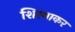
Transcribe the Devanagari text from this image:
शिरमाकर